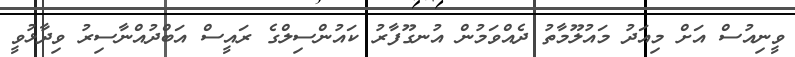
ވީނިއުސް އަށް މިއަދު މައުލޫމާތު ދެއްވަމުން އުނގޫފާރު ކައުންސިލްގެ ރައީސް އަބްދުއްނާސިރު ވިދާޅުވީ